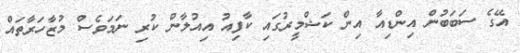
އޭގެ ސަބަބުން އިންޑިއާ އިން ކަޝްމީރުގައި ކާފިއު އިއުލާން ކުރި ނަމަވެސް މުޒާހަރާތައް